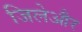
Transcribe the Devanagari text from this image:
जिलेऔर